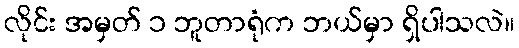
လိုင်း အမှတ် ၁ ဘူတာရုံက ဘယ်မှာ ရှိပါသလဲ။